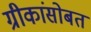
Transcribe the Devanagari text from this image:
ग्रीकांसोबत